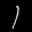
Label: 1